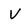
Character: V